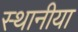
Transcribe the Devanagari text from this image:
स्थानीया